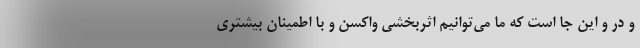
و در و این جا است که ما می‌توانیم اثربخشی واکسن و با اطمینان بیشتری